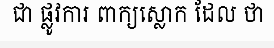
ជា ផ្លូវការ ពាក្យស្លោក ដែល ថា